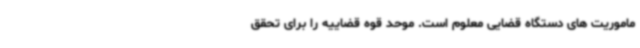
ماموریت های دستگاه قضایی معلوم است. موحد قوه قضاییه را برای تحقق